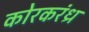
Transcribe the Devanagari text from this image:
कोरकरंध्र